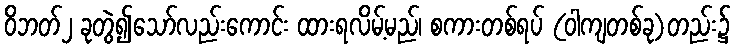
ဝိဘတ်၂ ခုတွဲ၍သော်လည်းကောင်း ထားရလိမ့်မည်၊ စကားတစ်ရပ် (ဝါကျတစ်ခု)တည်း၌